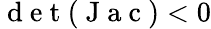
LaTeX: \mathrm{~d~e~t~}(\mathrm{~J~a~c~})<0